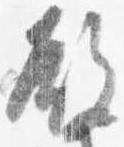
殿